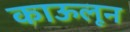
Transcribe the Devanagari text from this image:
काऊलून